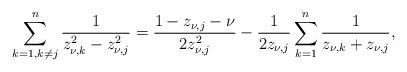
LaTeX: \begin{align*}\sum_{{k=1,k\neq j}}^n\dfrac{1}{z_{\nu,k}^2-z_{\nu,j}^2}=\dfrac{1-z_{\nu,j}-\nu}{2z_{\nu,j}^2}-\frac{1}{2z_{\nu,j}}\sum_{k=1}^n\dfrac{1}{z_{\nu,k}+z_{\nu,j}},\end{align*}